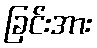
ခြင်းအား